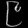
Digit: ၉